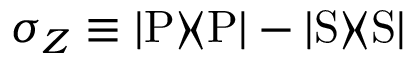
\sigma _ { Z } \equiv { \left| { \mathrm { P } } \right\rangle \! \! \left\langle { \mathrm { P } } \right| } - { \left| { \mathrm { S } } \right\rangle \! \! \left\langle { \mathrm { S } } \right| }